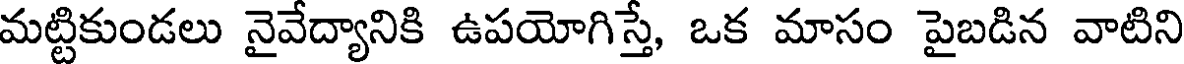
మట్టికుండలు నైవేద్యానికి ఉపయోగిస్తే, ఒక మాసం పైబడిన వాటిని